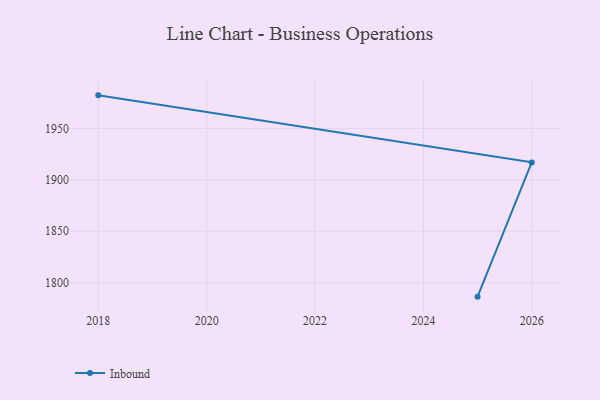
{"axis": {"x": "Year", "y": "Website Visitors"}, "legend": ["Inbound"], "data": [{"x": "2018", "y": 1982.2, "type": "Inbound"}, {"x": "2026", "y": 1917.0, "type": "Inbound"}, {"x": "2025", "y": 1786.4, "type": "Inbound"}]}